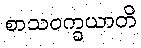
စာသဝက္ခယာတိ